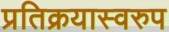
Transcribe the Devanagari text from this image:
प्रतिक्रयास्वरुप